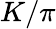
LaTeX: K/\pi